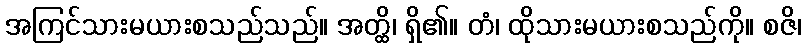
အကြင်သားမယားစသည်သည်။ အတ္ထိ၊ ရှိ၏။ တံ၊ ထိုသားမယားစသည်ကို။ စဇိ၊